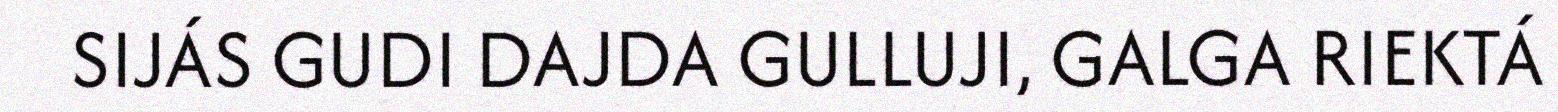
SIJÁS GUDI DAJDA GULLUJI, GALGA RIEKTÁ